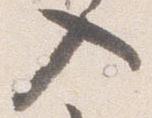
入